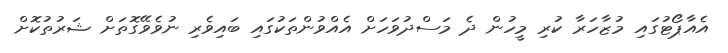
އެއާޕޯޓުގައި މުޒާހަރާ ކުރި މީހުން ދެ މަސްދުވަހަށް އެއްވުންތަކުގައި ބައިވެރި ނުވެވޭގޮތަށް ޝަރުތުކޮށް